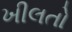
ખીલતો